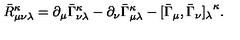
{ { \bar { R } } _ { \mu \nu \lambda } } ^ { \kappa } = \partial _ { \mu } { \bar { \Gamma } } _ { \nu \lambda } ^ { \kappa } - \partial _ { \nu } { \bar { \Gamma } } _ { \mu \lambda } ^ { \kappa } - [ \bar { \Gamma } _ { \mu } , \bar { \Gamma } _ { \nu } { ] _ { \lambda } } ^ { \kappa } .